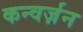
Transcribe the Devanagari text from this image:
कन्वर्ज़न